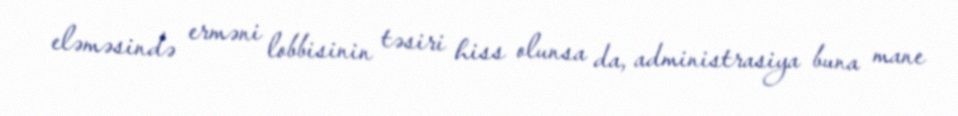
eləməsində erməni lobbisinin təsiri hiss olunsa da, administrasiya buna mane